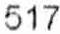
517